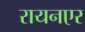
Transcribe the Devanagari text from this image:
रायनएर